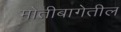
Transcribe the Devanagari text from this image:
मोतीबागेतील